Civil Veterinary Department Bengal reports 1933-51 - 1933-1951
Year: 1933
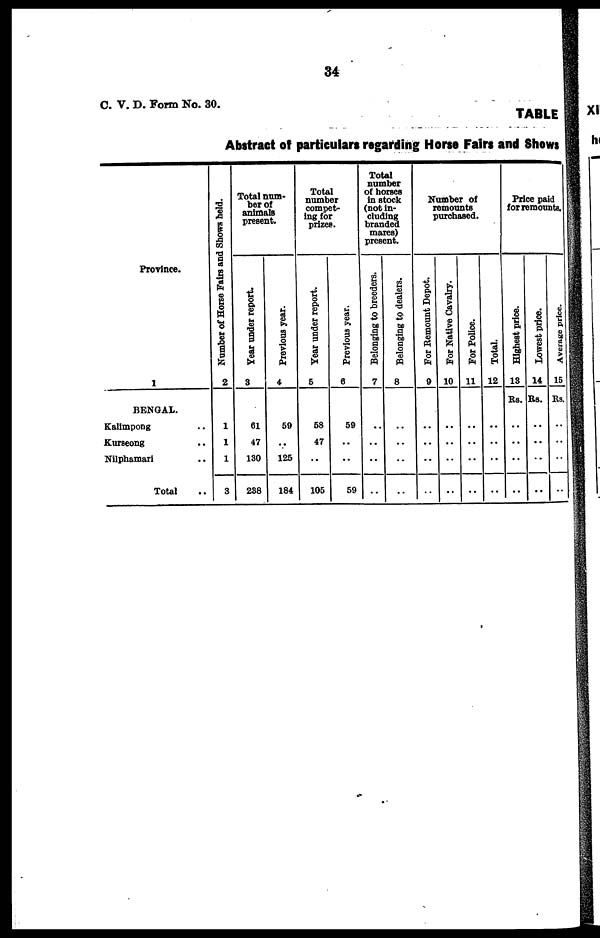
34
C. V. D. Form No. 30.
TABLE
Abstract of particulars regarding Horse Fairs and Shows
Province.
1
BENGAL.
Kalimpong ..
Kurseong ..
Nilphamari ..
Total ..
Number of Horse Fairs and Shows held.
2
1
1
1
3
Total num-
ber of
animals
present.
Year under report.
3
61
47
130
238
Previous year.
4
59
..
125
184
Total
number
compet-
ing for
prizes.
Year under report.
5
58
47
..
105
Previous year.
6
59
..
..
59
Total
number
of horses
in stock
(not in-
cluding
branded
mares)
present.
Belonging to breeders.
7
..
..
..
..
Belonging to dealers.
8
..
..
..
..
Number of
remounts
purchased.
For Remount Depot.
9
..
..
..
..
For Native Cavalry.
10
..
..
..
..
For Police.
11
..
..
..
..
Total.
12
..
..
..
..
Price paid
for remounts.
Highest price.
13
Rs.
..
..
..
..
Lowest price.
14
Rs.
..
..
..
..
Average price.
15
Rs
..
..
..
..